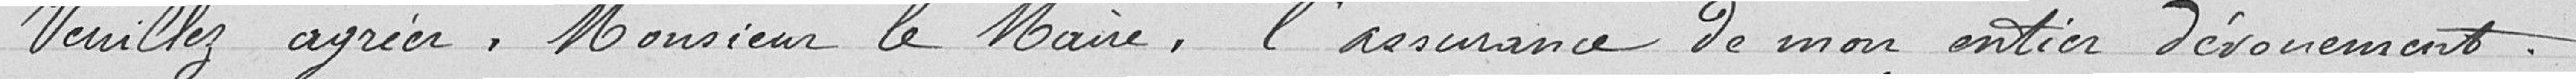
Veuillez agréer, Monsieur le maire, l'assurance de mon entier dévouement.